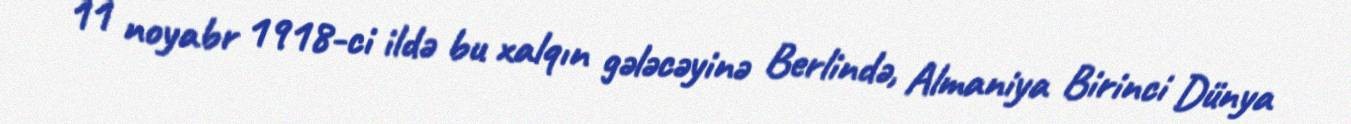
11 noyabr 1918-ci ildə bu xalqın gələcəyinə Berlində, Almaniya Birinci Dünya